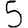
Digit: 5